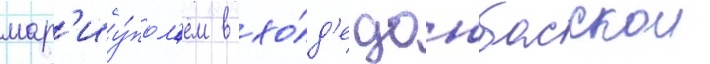
мар'иу́пол'ем в хо́д'е донбасскои